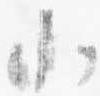
小